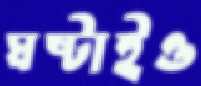
ঘষ্‌টাইও